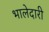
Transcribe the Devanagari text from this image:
भालेदारी